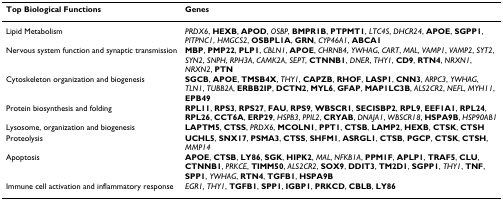
<table><thead><tr><td><b>Top Biological Functions</b></td><td><b>Genes</b></td></tr></thead><tbody><tr><td>Lipid Metabolism</td><td><i>PRDX6</i>, <b>HEXB</b>, <b>APOD</b>, <i>OSBP</i>, <b>BMPR1B</b>, <b>PTPMT1</b>, <i>LTC4S</i>, <i>DHCR24</i>, <b>APOE</b>, <b>SGPP1</b>, <i>PITPNC1</i>, <i>HMGCS2</i>, <b>OSBPL1A</b>, <b>GRN</b>, <i>CYP46A1</i>, <b>ABCA1</b></td></tr><tr><td>Nervous system function and synaptic transmission</td><td><b>MBP</b>, <b>PMP22</b>, <b>PLP1</b>, <i>CBLN1</i>, <b>APOE</b>, <i>CHRNB4</i>, <i>YWHAG</i>, <i>CART</i>, <i>MAL</i>, <i>VAMP1</i>, <i>VAMP2</i>, <i>SYT2</i>, <i>SYN2</i>, <i>SNPH</i>, <i>RPH3A</i>, <i>CAMK2A</i>, <i>SEPT</i>, <b>CTNNB1</b>, <i>DNER</i>, <i>THY1</i>, <b>CD9</b>, <b>RTN4</b>, <i>NRXN1</i>, <i>NRXN2</i>, <b>PTN</b></td></tr><tr><td>Cytoskeleton organization and biogenesis</td><td><b>SGCB</b>, <b>APOE</b>, <b>TMSB4X</b>, <i>THY1</i>, <b>CAPZB</b>, <b>RHOF</b>, <b>LASP1</b>, <b>CNN3</b>, <i>ARPC3</i>, <i>YWHAG</i>, <i>TLN1</i>, <i>TUBB2A</i>, <b>ERBB2IP</b>, <b>DCTN2</b>, <b>MYL6</b>, <b>GFAP</b>, <b>MAP1LC3B</b>, <i>ALS2CR2</i>, <i>NEFL</i>, <i>MYH11</i>, <b>EPB49</b></td></tr><tr><td>Protein biosynthesis and folding</td><td><b>RPL11</b>, <b>RPS3</b>, <b>RPS27</b>, <b>FAU</b>, <b>RPS9</b>, <b>WBSCR1</b>, <b>SECISBP2</b>, <b>RPL9</b>, <b>EEF1A1</b>, <b>RPL24</b>, <b>RPL26</b>, <b>CCT6A</b>, <b>ERP29</b>, <i>HSPB3</i>, <i>PPIL2</i>, <b>CRYAB</b>, <i>DNAJA1</i>, <i>WBSCR18</i>, <b>HSPA9B</b>, <i>HSP90AB1</i></td></tr><tr><td>Lysosome, organization and biogenesis</td><td><b>LAPTM5</b>, <b>CTSS</b>, <i>PRDX6</i>, <b>MCOLN1</b>, <b>PPT1</b>, <b>CTSB</b>, <b>LAMP2</b>, <b>HEXB</b>, <b>CTSK</b>, <b>CTSH</b></td></tr><tr><td>Proteolysis</td><td><b>UCHL5</b>, <b>SNX17</b>, <b>PSMA3</b>, <b>CTSS</b>, <b>SHFM1</b>, <b>ASRGL1</b>, <b>CTSB</b>, <b>PGCP</b>, <b>CTSK</b>, <b>CTSH</b>, <i>MMP14</i></td></tr><tr><td>Apoptosis</td><td><b>APOE</b>, <b>CTSB</b>, <b>LY86</b>, <b>SGK</b>, <b>HIPK2</b>, <i>MAL</i>, <i>NFKB1A</i>, <b>PPM1F</b>, <b>APLP1</b>, <b>TRAF5</b>, <b>CLU</b>, <b>CTNNB1</b>, <i>PRKCE</i>, <b>TIMM50</b>, <i>ALS2CR2</i>, <b>SOX9</b>, <b>DDIT3</b>, <b>TM2D1</b>, <b>SGPP1</b>, <i>THY1</i>, <b>TNF</b>, <b>SPP1</b>, <i>YWHAG</i>, <b>RTN4</b>, <b>TGFB1</b>, <b>HSPA9B</b></td></tr><tr><td>Immune cell activation and inflammatory response</td><td><i>EGR1, THY1</i>, <b>TGFB1</b>, <b>SPP1</b>, <b>IGBP1</b>, <b>PRKCD</b>, <b>CBLB</b>, <b>LY86</b></td></tr></tbody></table>